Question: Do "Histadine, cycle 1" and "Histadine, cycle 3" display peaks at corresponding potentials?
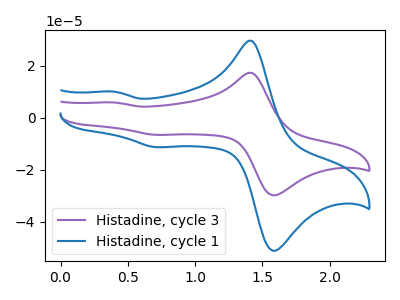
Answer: <think>The purple curve "Histadine, cycle 3" has anodic peaks at (1.40V, 17.20uA) (0.40V, 5.80uA) and cathodic peaks at (1.60V, -29.55uA) (0.70V, -6.60uA). The blue curve "Histadine, cycle 1" has anodic peaks at (1.40V, 29.45uA) (0.40V, 10.00uA) and cathodic peaks at (1.60V, -50.65uA) (0.70V, -11.35uA).</think>
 <answer>Yes, "Histadine, cycle 1" have a peak in "Histadine, cycle 3" at the same potential.</answer>
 <eval>match</eval>